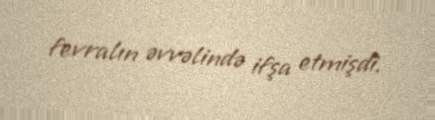
fevralın əvvəlində ifşa etmişdi.